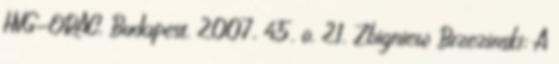
HVG-ORAC, Budapest, 2007, 45. o. 21. Zbigniew Brzezinski: A